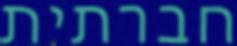
חברתית